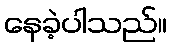
နေခဲ့ပါသည်။